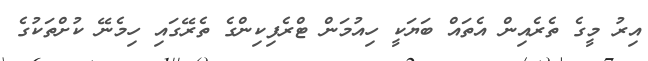
އިރު މީގެ ތެރެއިން އެތައް ބަޔަކީ ހިއުމަން ޓްރެފިކިންގެ ތެރޭގައި ހިމެނޭ ކުށްތަކުގެ